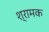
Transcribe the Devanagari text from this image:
श्रामक